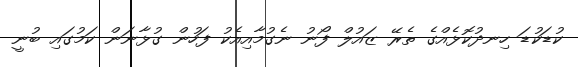
ކުޑަކުޑަ ހިނދުކޮޅެއްގެ ތެރޭ ޒައުލް ފޯނު ނެގުމާއިއެކު ފަހުން ގުޅާނަން ކަމުގައި ބުނީ